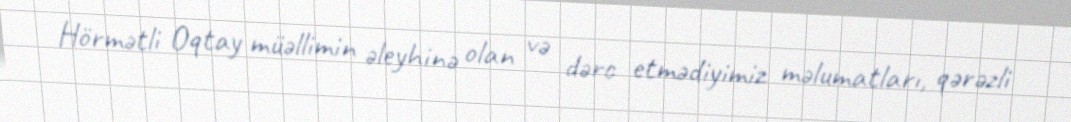
Hörmətli Oqtay müəllimin əleyhinə olan və dərc etmədiyimiz məlumatları, qərəzli